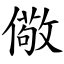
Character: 儆